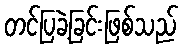
တင်ပြခဲ့ခြင်းဖြစ်သည်